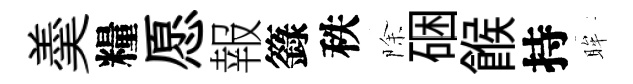
羮糧愿報籙秩除硱餱持眸